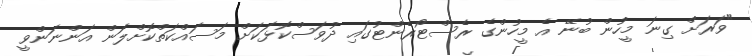
"ވަރަށް ގިނަ މީހުން ބުނޭ އެ މީހުންގެ ރެސްޓޯރެންޓުގައި ދުވަސްކޮޅަކަށް މަސައްކަތްކޮށްލަން އަންނަންވީ